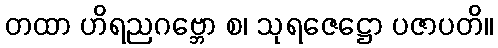
တထာ ဟိရညဂဗ္ဘော စ၊ သုရဇေဋ္ဌော ပဇာပတိ။